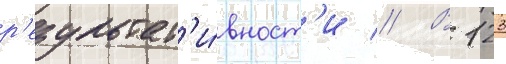
р'езультат'и́вност'и // В 123